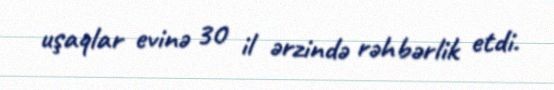
uşaqlar evinə 30 il ərzində rəhbərlik etdi.